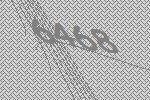
6468